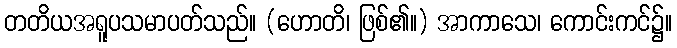
တတိယအရူပသမာပတ်သည်။ (ဟောတိ၊ ဖြစ်၏။) အာကာသေ၊ ကောင်းကင်၌။